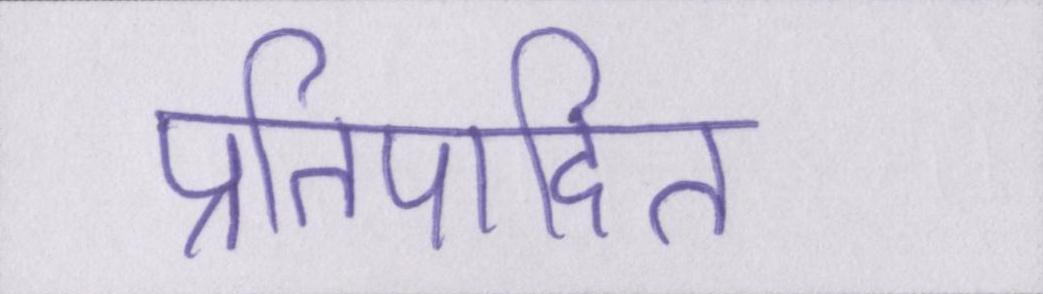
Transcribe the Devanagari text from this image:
प्रतिपादित